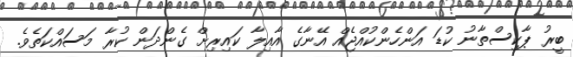
ބީރު ޕާކިސްތާނު ކުޑަ އަންހެންކުއްޖެއް އޭނާގެ އާއިލާ ކައިރިށް ގެންދަން ކުރާ މަސައްކަތެވެ.